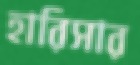
হারিসার